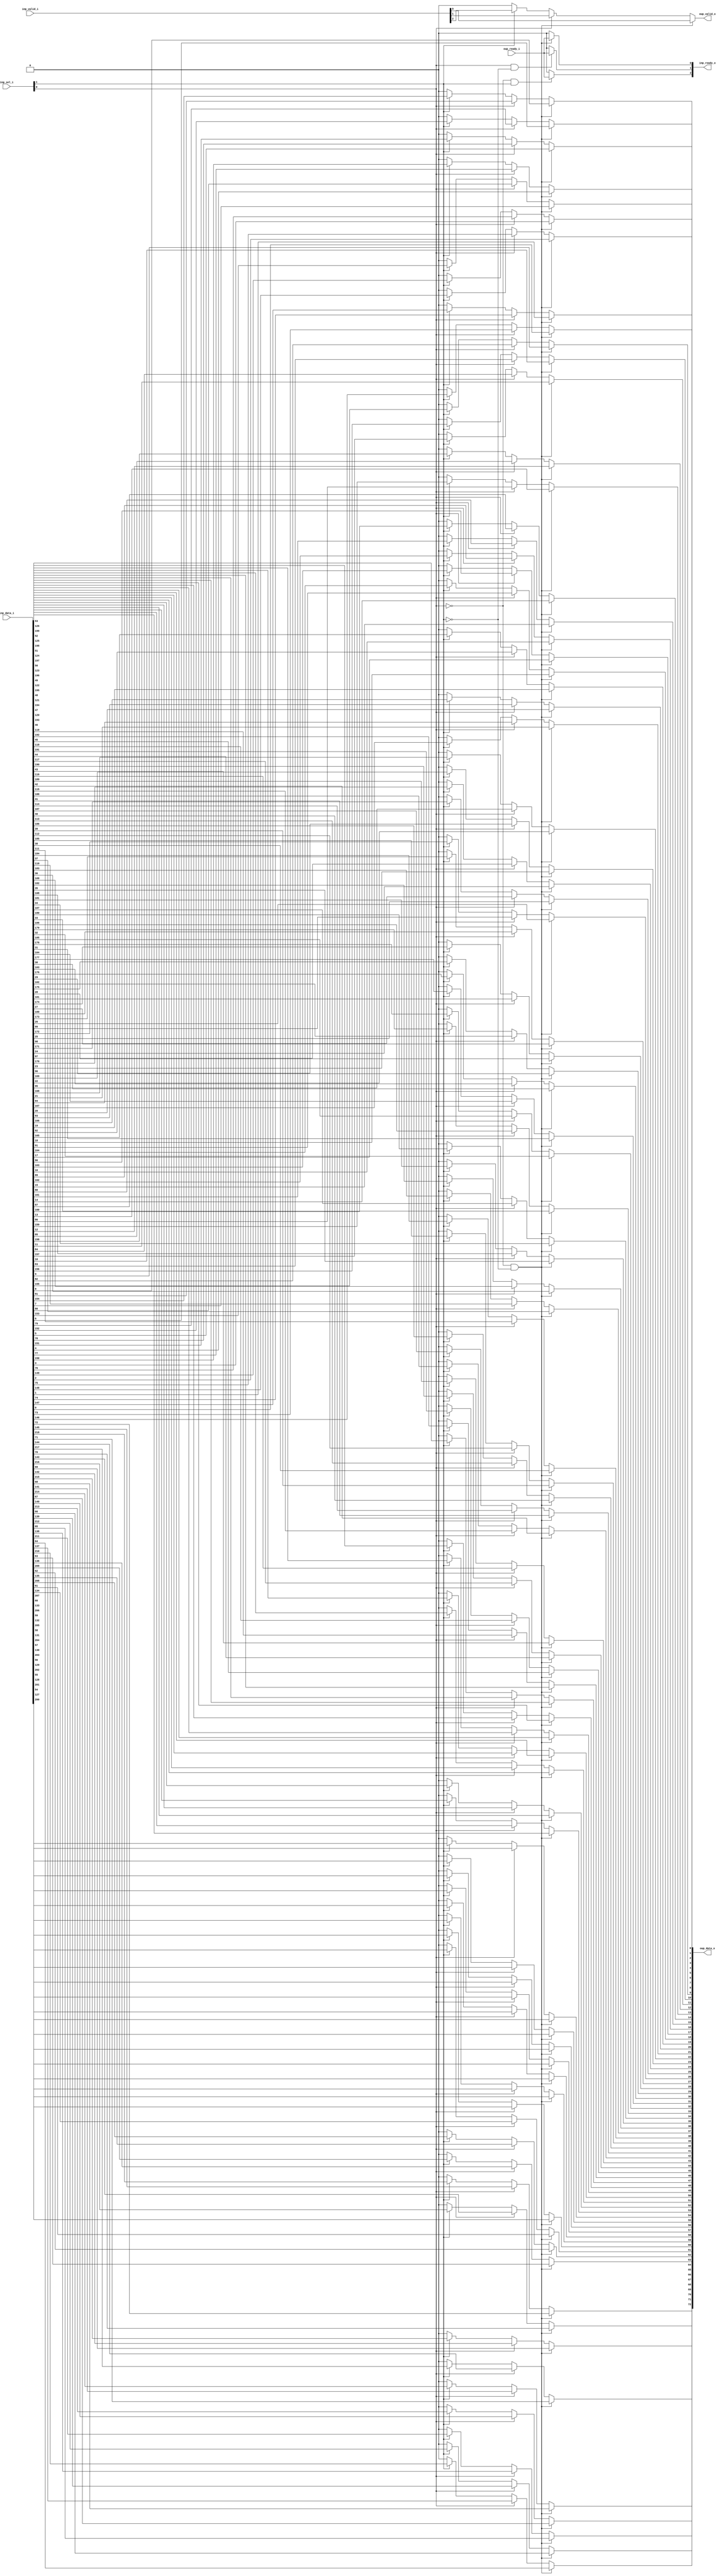
// This program was cloned from: https://github.com/NYU-MLDA/OpenABC
// License: BSD 3-Clause "New" or "Revised" License

module stream_mux_N_INP3
(
  inp_data_i,
  inp_valid_i,
  inp_ready_o,
  inp_sel_i,
  oup_data_o,
  oup_valid_o,
  oup_ready_i
);

  input [218:0] inp_data_i;
  input [2:0] inp_valid_i;
  output [2:0] inp_ready_o;
  input [1:0] inp_sel_i;
  output [72:0] oup_data_o;
  input oup_ready_i;
  output oup_valid_o;
  wire [2:0] inp_ready_o;
  wire [72:0] oup_data_o;
  wire oup_valid_o,N0,N1,N2,N3,N4,N5,N6,N7,N8,N9,N10,N11,N12,N13,N14;
  assign N10 = N0 & inp_sel_i[1];
  assign N0 = ~inp_sel_i[0];
  assign N9 = inp_sel_i[0] & N1;
  assign N1 = ~inp_sel_i[1];
  assign N14 = N2 & N3;
  assign N2 = ~inp_sel_i[0];
  assign N3 = ~inp_sel_i[1];
  assign inp_ready_o[0] = (N4)? oup_ready_i : 
                          (N11)? 1'b0 : 1'b0;
  assign N4 = N14;
  assign inp_ready_o[1] = (N5)? oup_ready_i : 
                          (N12)? 1'b0 : 1'b0;
  assign N5 = N9;
  assign inp_ready_o[2] = (N6)? oup_ready_i : 
                          (N13)? 1'b0 : 1'b0;
  assign N6 = N10;
  assign oup_data_o[72] = (N4)? inp_data_i[72] : 
                          (N7)? inp_data_i[145] : 
                          (N8)? inp_data_i[218] : 1'b0;
  assign N7 = inp_sel_i[0];
  assign N8 = inp_sel_i[1];
  assign oup_data_o[71] = (N4)? inp_data_i[71] : 
                          (N7)? inp_data_i[144] : 
                          (N8)? inp_data_i[217] : 1'b0;
  assign oup_data_o[70] = (N4)? inp_data_i[70] : 
                          (N7)? inp_data_i[143] : 
                          (N8)? inp_data_i[216] : 1'b0;
  assign oup_data_o[69] = (N4)? inp_data_i[69] : 
                          (N7)? inp_data_i[142] : 
                          (N8)? inp_data_i[215] : 1'b0;
  assign oup_data_o[68] = (N4)? inp_data_i[68] : 
                          (N7)? inp_data_i[141] : 
                          (N8)? inp_data_i[214] : 1'b0;
  assign oup_data_o[67] = (N4)? inp_data_i[67] : 
                          (N7)? inp_data_i[140] : 
                          (N8)? inp_data_i[213] : 1'b0;
  assign oup_data_o[66] = (N4)? inp_data_i[66] : 
                          (N7)? inp_data_i[139] : 
                          (N8)? inp_data_i[212] : 1'b0;
  assign oup_data_o[65] = (N4)? inp_data_i[65] : 
                          (N7)? inp_data_i[138] : 
                          (N8)? inp_data_i[211] : 1'b0;
  assign oup_data_o[64] = (N4)? inp_data_i[64] : 
                          (N7)? inp_data_i[137] : 
                          (N8)? inp_data_i[210] : 1'b0;
  assign oup_data_o[63] = (N4)? inp_data_i[63] : 
                          (N7)? inp_data_i[136] : 
                          (N8)? inp_data_i[209] : 1'b0;
  assign oup_data_o[62] = (N4)? inp_data_i[62] : 
                          (N7)? inp_data_i[135] : 
                          (N8)? inp_data_i[208] : 1'b0;
  assign oup_data_o[61] = (N4)? inp_data_i[61] : 
                          (N7)? inp_data_i[134] : 
                          (N8)? inp_data_i[207] : 1'b0;
  assign oup_data_o[60] = (N4)? inp_data_i[60] : 
                          (N7)? inp_data_i[133] : 
                          (N8)? inp_data_i[206] : 1'b0;
  assign oup_data_o[59] = (N4)? inp_data_i[59] : 
                          (N7)? inp_data_i[132] : 
                          (N8)? inp_data_i[205] : 1'b0;
  assign oup_data_o[58] = (N4)? inp_data_i[58] : 
                          (N7)? inp_data_i[131] : 
                          (N8)? inp_data_i[204] : 1'b0;
  assign oup_data_o[57] = (N4)? inp_data_i[57] : 
                          (N7)? inp_data_i[130] : 
                          (N8)? inp_data_i[203] : 1'b0;
  assign oup_data_o[56] = (N4)? inp_data_i[56] : 
                          (N7)? inp_data_i[129] : 
                          (N8)? inp_data_i[202] : 1'b0;
  assign oup_data_o[55] = (N4)? inp_data_i[55] : 
                          (N7)? inp_data_i[128] : 
                          (N8)? inp_data_i[201] : 1'b0;
  assign oup_data_o[54] = (N4)? inp_data_i[54] : 
                          (N7)? inp_data_i[127] : 
                          (N8)? inp_data_i[200] : 1'b0;
  assign oup_data_o[53] = (N4)? inp_data_i[53] : 
                          (N7)? inp_data_i[126] : 
                          (N8)? inp_data_i[199] : 1'b0;
  assign oup_data_o[52] = (N4)? inp_data_i[52] : 
                          (N7)? inp_data_i[125] : 
                          (N8)? inp_data_i[198] : 1'b0;
  assign oup_data_o[51] = (N4)? inp_data_i[51] : 
                          (N7)? inp_data_i[124] : 
                          (N8)? inp_data_i[197] : 1'b0;
  assign oup_data_o[50] = (N4)? inp_data_i[50] : 
                          (N7)? inp_data_i[123] : 
                          (N8)? inp_data_i[196] : 1'b0;
  assign oup_data_o[49] = (N4)? inp_data_i[49] : 
                          (N7)? inp_data_i[122] : 
                          (N8)? inp_data_i[195] : 1'b0;
  assign oup_data_o[48] = (N4)? inp_data_i[48] : 
                          (N7)? inp_data_i[121] : 
                          (N8)? inp_data_i[194] : 1'b0;
  assign oup_data_o[47] = (N4)? inp_data_i[47] : 
                          (N7)? inp_data_i[120] : 
                          (N8)? inp_data_i[193] : 1'b0;
  assign oup_data_o[46] = (N4)? inp_data_i[46] : 
                          (N7)? inp_data_i[119] : 
                          (N8)? inp_data_i[192] : 1'b0;
  assign oup_data_o[45] = (N4)? inp_data_i[45] : 
                          (N7)? inp_data_i[118] : 
                          (N8)? inp_data_i[191] : 1'b0;
  assign oup_data_o[44] = (N4)? inp_data_i[44] : 
                          (N7)? inp_data_i[117] : 
                          (N8)? inp_data_i[190] : 1'b0;
  assign oup_data_o[43] = (N4)? inp_data_i[43] : 
                          (N7)? inp_data_i[116] : 
                          (N8)? inp_data_i[189] : 1'b0;
  assign oup_data_o[42] = (N4)? inp_data_i[42] : 
                          (N7)? inp_data_i[115] : 
                          (N8)? inp_data_i[188] : 1'b0;
  assign oup_data_o[41] = (N4)? inp_data_i[41] : 
                          (N7)? inp_data_i[114] : 
                          (N8)? inp_data_i[187] : 1'b0;
  assign oup_data_o[40] = (N4)? inp_data_i[40] : 
                          (N7)? inp_data_i[113] : 
                          (N8)? inp_data_i[186] : 1'b0;
  assign oup_data_o[39] = (N4)? inp_data_i[39] : 
                          (N7)? inp_data_i[112] : 
                          (N8)? inp_data_i[185] : 1'b0;
  assign oup_data_o[38] = (N4)? inp_data_i[38] : 
                          (N7)? inp_data_i[111] : 
                          (N8)? inp_data_i[184] : 1'b0;
  assign oup_data_o[37] = (N4)? inp_data_i[37] : 
                          (N7)? inp_data_i[110] : 
                          (N8)? inp_data_i[183] : 1'b0;
  assign oup_data_o[36] = (N4)? inp_data_i[36] : 
                          (N7)? inp_data_i[109] : 
                          (N8)? inp_data_i[182] : 1'b0;
  assign oup_data_o[35] = (N4)? inp_data_i[35] : 
                          (N7)? inp_data_i[108] : 
                          (N8)? inp_data_i[181] : 1'b0;
  assign oup_data_o[34] = (N4)? inp_data_i[34] : 
                          (N7)? inp_data_i[107] : 
                          (N8)? inp_data_i[180] : 1'b0;
  assign oup_data_o[33] = (N4)? inp_data_i[33] : 
                          (N7)? inp_data_i[106] : 
                          (N8)? inp_data_i[179] : 1'b0;
  assign oup_data_o[32] = (N4)? inp_data_i[32] : 
                          (N7)? inp_data_i[105] : 
                          (N8)? inp_data_i[178] : 1'b0;
  assign oup_data_o[31] = (N4)? inp_data_i[31] : 
                          (N7)? inp_data_i[104] : 
                          (N8)? inp_data_i[177] : 1'b0;
  assign oup_data_o[30] = (N4)? inp_data_i[30] : 
                          (N7)? inp_data_i[103] : 
                          (N8)? inp_data_i[176] : 1'b0;
  assign oup_data_o[29] = (N4)? inp_data_i[29] : 
                          (N7)? inp_data_i[102] : 
                          (N8)? inp_data_i[175] : 1'b0;
  assign oup_data_o[28] = (N4)? inp_data_i[28] : 
                          (N7)? inp_data_i[101] : 
                          (N8)? inp_data_i[174] : 1'b0;
  assign oup_data_o[27] = (N4)? inp_data_i[27] : 
                          (N7)? inp_data_i[100] : 
                          (N8)? inp_data_i[173] : 1'b0;
  assign oup_data_o[26] = (N4)? inp_data_i[26] : 
                          (N7)? inp_data_i[99] : 
                          (N8)? inp_data_i[172] : 1'b0;
  assign oup_data_o[25] = (N4)? inp_data_i[25] : 
                          (N7)? inp_data_i[98] : 
                          (N8)? inp_data_i[171] : 1'b0;
  assign oup_data_o[24] = (N4)? inp_data_i[24] : 
                          (N7)? inp_data_i[97] : 
                          (N8)? inp_data_i[170] : 1'b0;
  assign oup_data_o[23] = (N4)? inp_data_i[23] : 
                          (N7)? inp_data_i[96] : 
                          (N8)? inp_data_i[169] : 1'b0;
  assign oup_data_o[22] = (N4)? inp_data_i[22] : 
                          (N7)? inp_data_i[95] : 
                          (N8)? inp_data_i[168] : 1'b0;
  assign oup_data_o[21] = (N4)? inp_data_i[21] : 
                          (N7)? inp_data_i[94] : 
                          (N8)? inp_data_i[167] : 1'b0;
  assign oup_data_o[20] = (N4)? inp_data_i[20] : 
                          (N7)? inp_data_i[93] : 
                          (N8)? inp_data_i[166] : 1'b0;
  assign oup_data_o[19] = (N4)? inp_data_i[19] : 
                          (N7)? inp_data_i[92] : 
                          (N8)? inp_data_i[165] : 1'b0;
  assign oup_data_o[18] = (N4)? inp_data_i[18] : 
                          (N7)? inp_data_i[91] : 
                          (N8)? inp_data_i[164] : 1'b0;
  assign oup_data_o[17] = (N4)? inp_data_i[17] : 
                          (N7)? inp_data_i[90] : 
                          (N8)? inp_data_i[163] : 1'b0;
  assign oup_data_o[16] = (N4)? inp_data_i[16] : 
                          (N7)? inp_data_i[89] : 
                          (N8)? inp_data_i[162] : 1'b0;
  assign oup_data_o[15] = (N4)? inp_data_i[15] : 
                          (N7)? inp_data_i[88] : 
                          (N8)? inp_data_i[161] : 1'b0;
  assign oup_data_o[14] = (N4)? inp_data_i[14] : 
                          (N7)? inp_data_i[87] : 
                          (N8)? inp_data_i[160] : 1'b0;
  assign oup_data_o[13] = (N4)? inp_data_i[13] : 
                          (N7)? inp_data_i[86] : 
                          (N8)? inp_data_i[159] : 1'b0;
  assign oup_data_o[12] = (N4)? inp_data_i[12] : 
                          (N7)? inp_data_i[85] : 
                          (N8)? inp_data_i[158] : 1'b0;
  assign oup_data_o[11] = (N4)? inp_data_i[11] : 
                          (N7)? inp_data_i[84] : 
                          (N8)? inp_data_i[157] : 1'b0;
  assign oup_data_o[10] = (N4)? inp_data_i[10] : 
                          (N7)? inp_data_i[83] : 
                          (N8)? inp_data_i[156] : 1'b0;
  assign oup_data_o[9] = (N4)? inp_data_i[9] : 
                         (N7)? inp_data_i[82] : 
                         (N8)? inp_data_i[155] : 1'b0;
  assign oup_data_o[8] = (N4)? inp_data_i[8] : 
                         (N7)? inp_data_i[81] : 
                         (N8)? inp_data_i[154] : 1'b0;
  assign oup_data_o[7] = (N4)? inp_data_i[7] : 
                         (N7)? inp_data_i[80] : 
                         (N8)? inp_data_i[153] : 1'b0;
  assign oup_data_o[6] = (N4)? inp_data_i[6] : 
                         (N7)? inp_data_i[79] : 
                         (N8)? inp_data_i[152] : 1'b0;
  assign oup_data_o[5] = (N4)? inp_data_i[5] : 
                         (N7)? inp_data_i[78] : 
                         (N8)? inp_data_i[151] : 1'b0;
  assign oup_data_o[4] = (N4)? inp_data_i[4] : 
                         (N7)? inp_data_i[77] : 
                         (N8)? inp_data_i[150] : 1'b0;
  assign oup_data_o[3] = (N4)? inp_data_i[3] : 
                         (N7)? inp_data_i[76] : 
                         (N8)? inp_data_i[149] : 1'b0;
  assign oup_data_o[2] = (N4)? inp_data_i[2] : 
                         (N7)? inp_data_i[75] : 
                         (N8)? inp_data_i[148] : 1'b0;
  assign oup_data_o[1] = (N4)? inp_data_i[1] : 
                         (N7)? inp_data_i[74] : 
                         (N8)? inp_data_i[147] : 1'b0;
  assign oup_data_o[0] = (N4)? inp_data_i[0] : 
                         (N7)? inp_data_i[73] : 
                         (N8)? inp_data_i[146] : 1'b0;
  assign oup_valid_o = (N4)? inp_valid_i[0] : 
                       (N7)? inp_valid_i[1] : 
                       (N8)? inp_valid_i[2] : 1'b0;
  assign N11 = ~N14;
  assign N12 = ~N9;
  assign N13 = ~N10;

endmodule